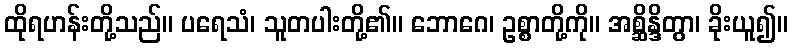
ထိုရဟန်းတို့သည်။ ပရေသံ၊ သူတပါးတို့၏။ ဘောဂေ၊ ဥစ္စာတို့ကို။ အစ္ဆိန္ဒိတွာ၊ ခိုးယူ၍။